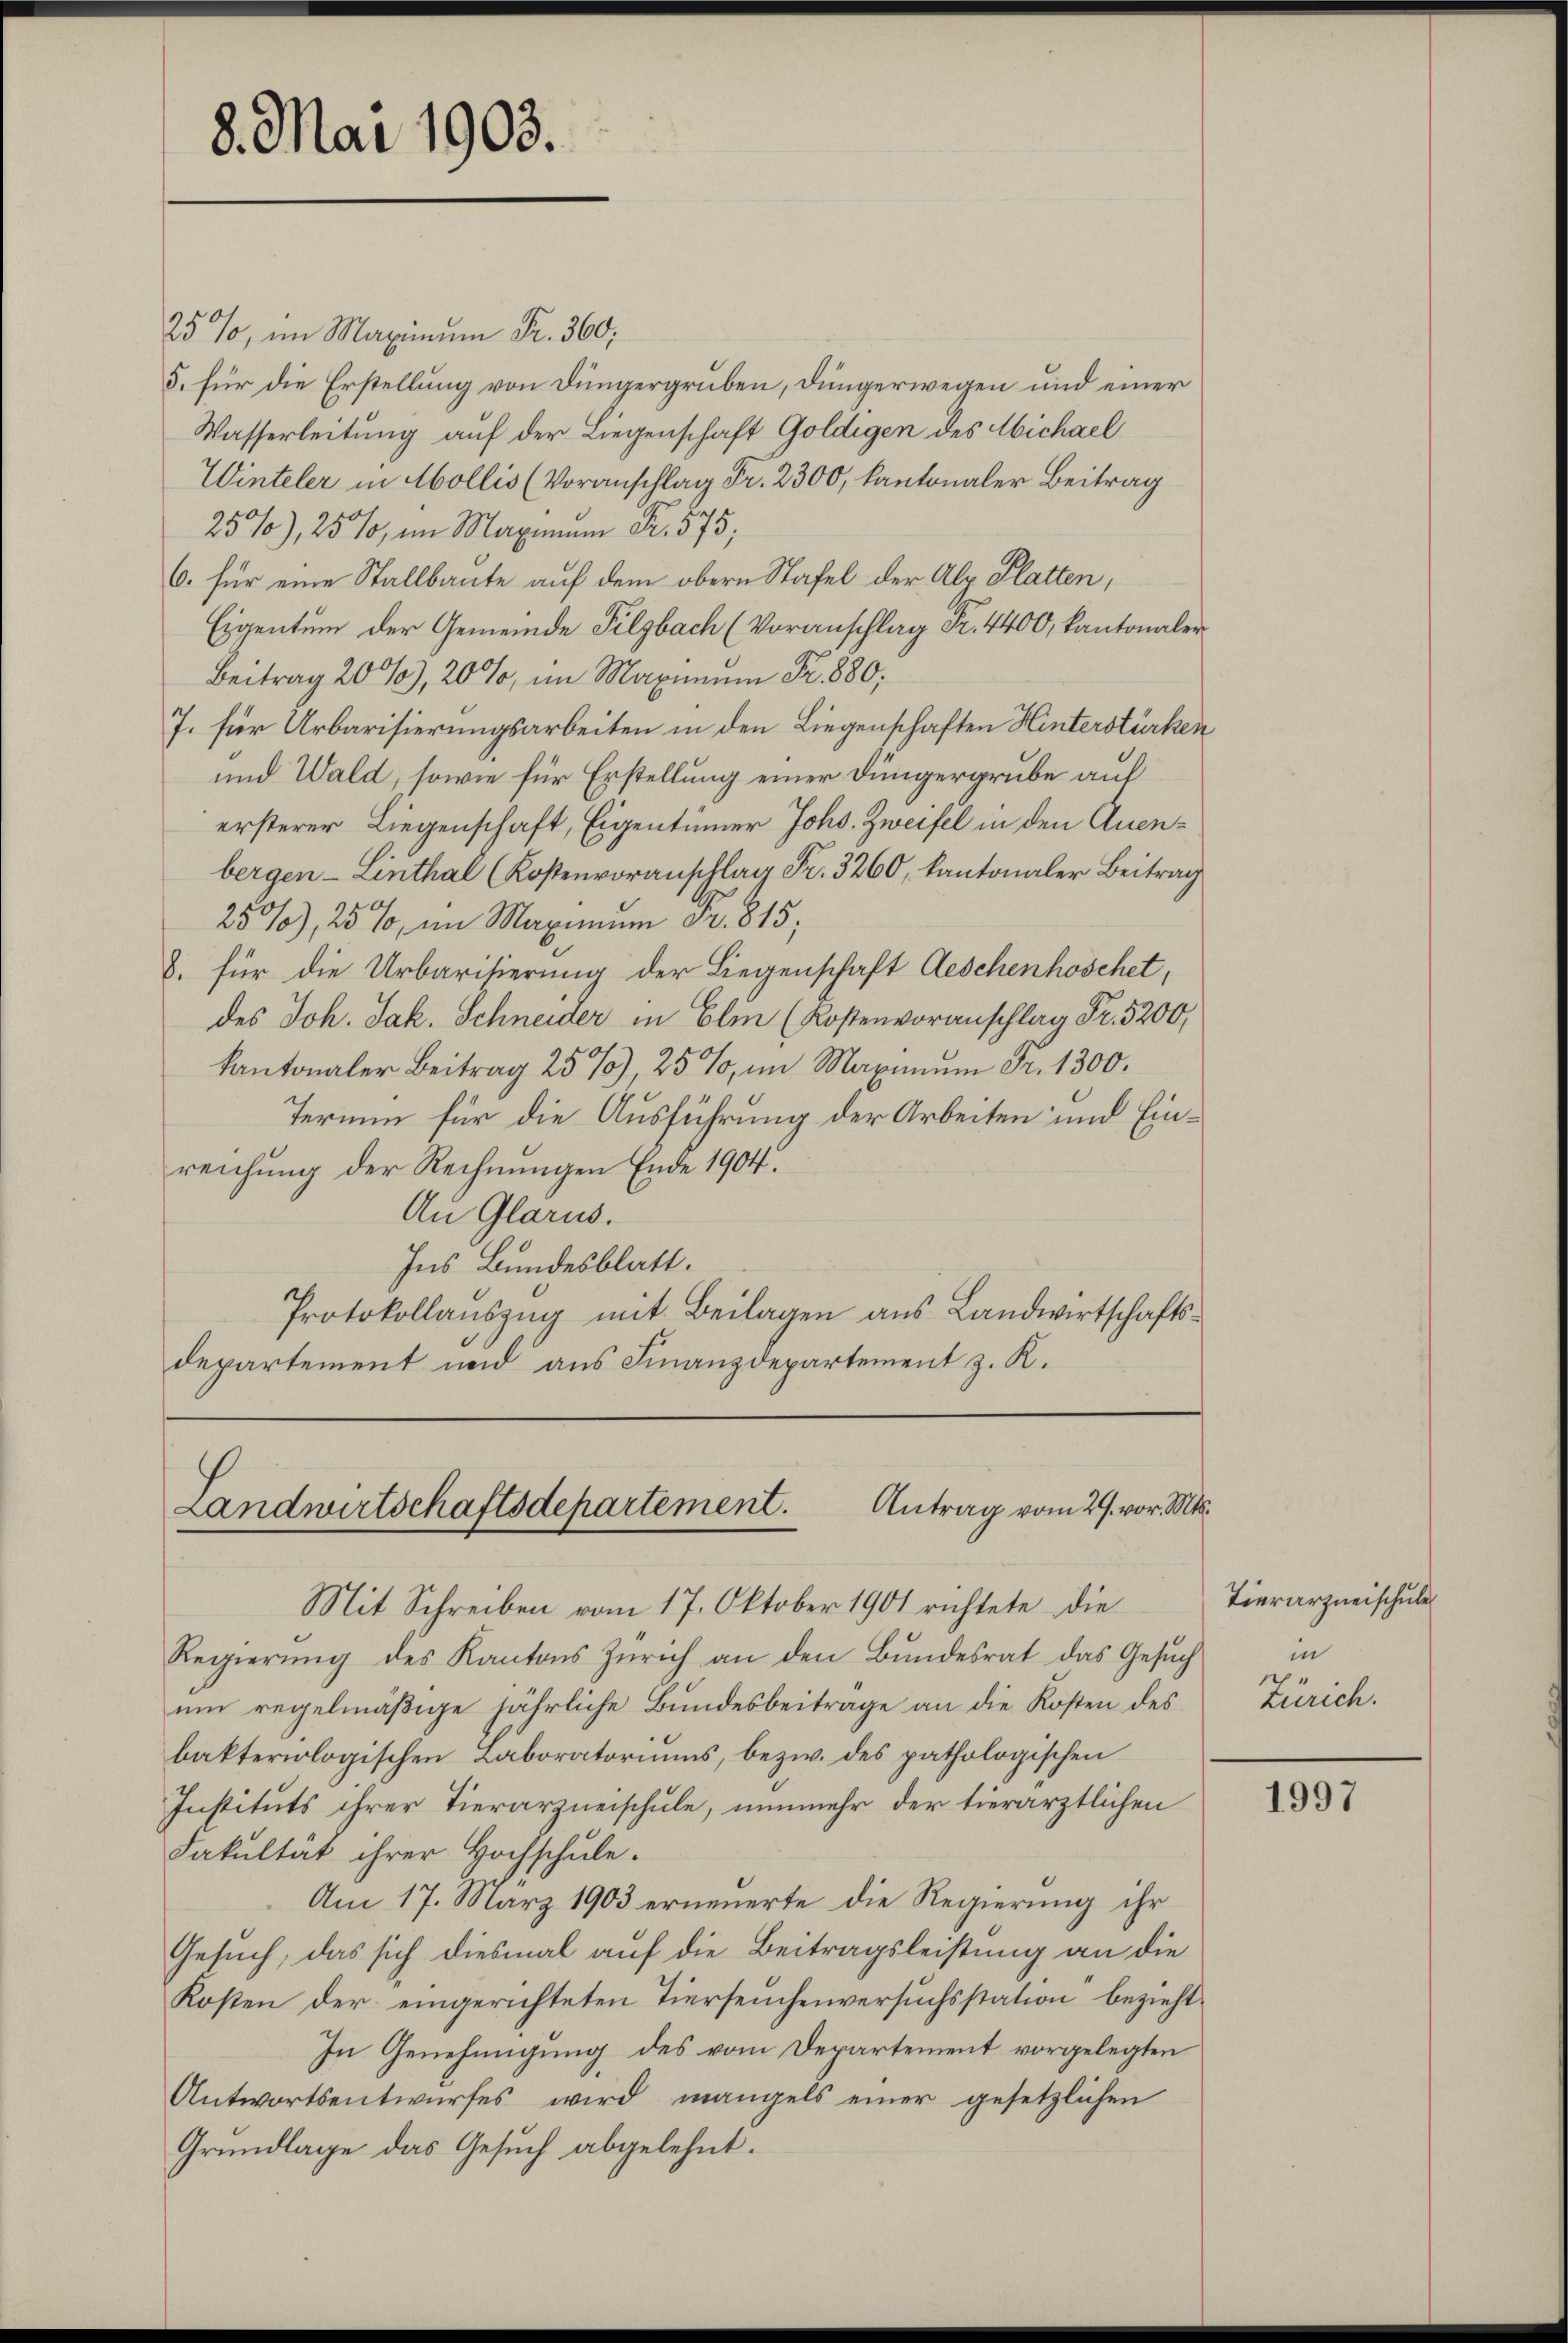
8. Mai 1903.

25%, im Maximŭm Fr. 360,
5. für die Erstellung von Düngergruben, Düngerwegen und einer
Wasserleitung auf der Liegenschaft Goldigen des Michael
Winteler in Mollis (Voranschlag Fr. 2300, kantonaler Beitrag
25%), 25%, im Maximum Fr. 575;
6. für eine Stallbaute auf dem obern Stafel der Ale Platten,
Eigentum der Gemeinde Filzbach (Voranschlag Fr. 4400, kantonaler
Beitrag 20%), 20 %, im Maximum Fr. 880,
7. für Urbarisierungsarbeiten in den Liegenschaften Hinterstürken
und Wald, sowie für Erstellung einer Düngergrube auf
ersterer Liegenschaft, Eigentümer Johs. Zweifel in den Quenbergen - Linthal (Kostenvoranschlag Fr. 3260, kantonaler Beitrag
250%, 25%, im Maximum Fr. 815
8. für die Urbarisierung der Liegenschaft Aeschenhöschet,
des Joh. Jak. Schneider in Elm (Kostenvoranschlag Fr. 5200,
kantonaler Beitrag 25% 25%, im Maximŭm Fr. 1300.
Termin für die Ausführung der Arbeiten und Einreichung der Rechnungen Ende 1904.
An Glarus.
Ins Bundesblatt.
Protokollauszug mit Beilagen aus Landwirtschaftsdepartement und aus Finanzdepartement z. K.

Antrag vom 2. vor. Mts.
Landwirtschaftsdepartement.

Mit Schreiben vom 17. Oktober 1901 richtete die
Regierung des Kantons Zürich an den Bundesrat das Gesuch
um regelmäßige jährliche Bundesbeitrage an die Kosten des
bakteriologischen Laboratoriums, bezw. des pathologischen
Instituts ihrer Tierarmneischule, nunmehr der tierärztlichen
Fakultät ihrer Hochschule.
Am 17. März 1903 erneuerte die Regierung ihr
Gesuch, das sich diesmal auf die Beitragsleistung an die
Kosten der eingerichteten Tierseuchenversuchsstation bezieht,
In Genehmigung des vom Departement vorgelegten
Antwortsentwŭrfes wird mangels einer gesetzlichen
Grundlage das Gesuch abgelehnt.

Tierarzneischule
in
Zürich.

1997